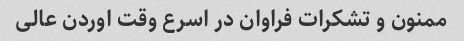
ممنون و تشکرات فراوان در اسرع وقت اوردن عالی